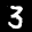
Label: 3